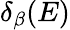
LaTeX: \delta_{\beta}(E)